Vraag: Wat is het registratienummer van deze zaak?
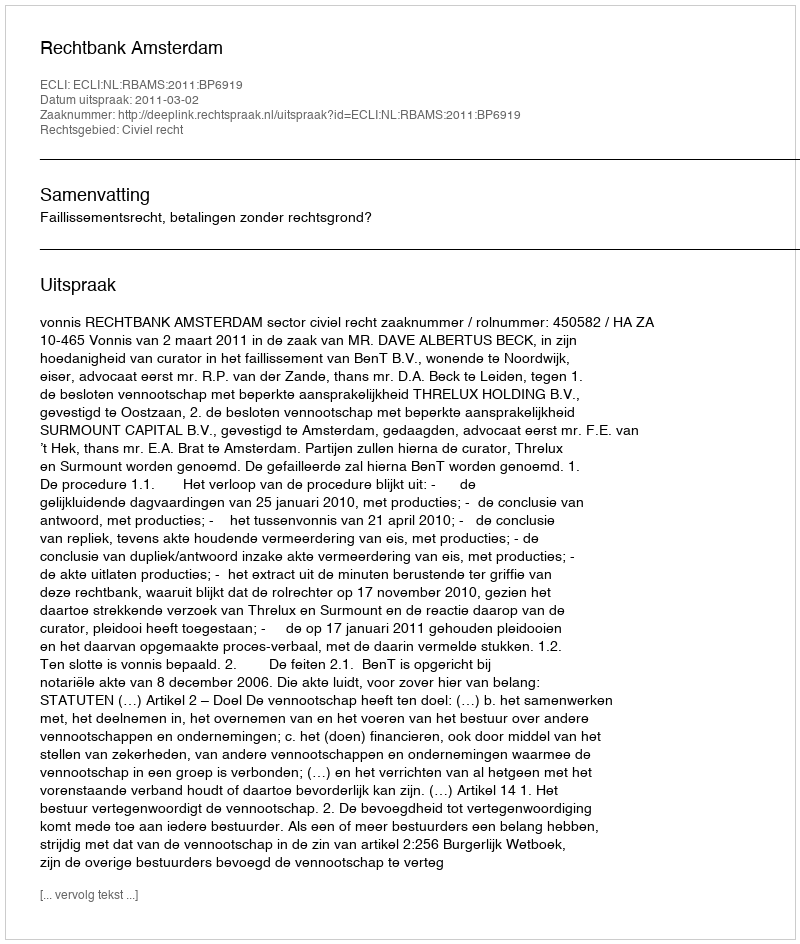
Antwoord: http://deeplink.rechtspraak.nl/uitspraak?id=ECLI:NL:RBAMS:2011:BP6919